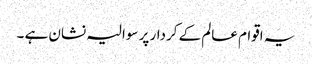
یہ اقوام عالم کے کردار پر سوالیہ نشان ہے ۔